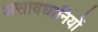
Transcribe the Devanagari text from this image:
असावधानियों